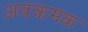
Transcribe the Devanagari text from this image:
अवक्रमक